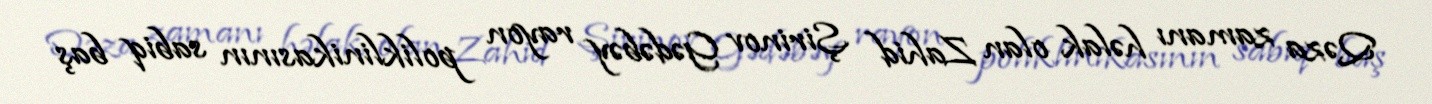
Qəza zamanı həlak olan Zahid Şirinov Gədəbəy rayon poliklinikasının sabiq baş